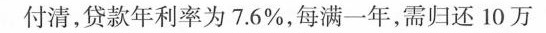
一次性付清，贷款年利率为7.6%，每满一年，需归还10万